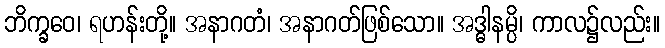
ဘိက္ခဝေ၊ ရဟန်းတို့။ အနာဂတံ၊ အနာဂတ်ဖြစ်သော။ အဒ္ဓါနမ္ပိ၊ ကာလ၌လည်း။